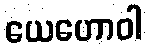
ယေဟောဝါ